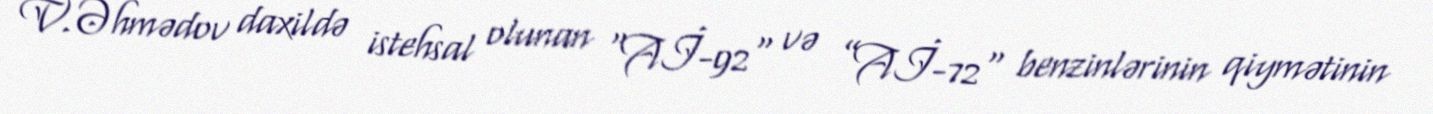
V.Əhmədov daxildə istehsal olunan “Aİ-92" və ”Aİ-72" benzinlərinin qiymətinin